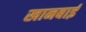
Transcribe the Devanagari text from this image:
खानबाई